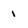
Character: 1